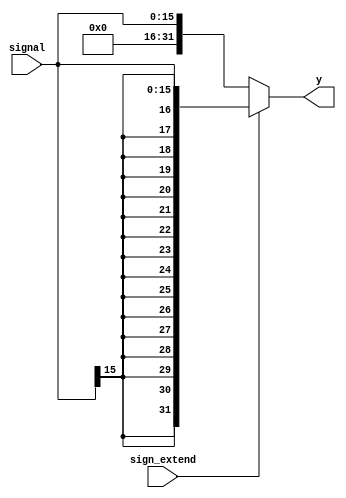
`timescale 1ns / 1ps
//////////////////////////////////////////////////////////////////////////////////
// Company: 
// Engineer: 
// 
// Design Name: 
// Module Name: signext
// Project Name: 
// Target Devices: 
// Tool Versions: 
// Description: 
// 
// Dependencies: 
// 
// Revision:
// Revision 0.01 - File Created
// Additional Comments:
// 
//////////////////////////////////////////////////////////////////////////////////


module signext(
    input [15:0] signal,
    input sign_extend,
    output [31:0] y
    );
    assign y = sign_extend ? {{16{signal[15]}},signal} : {16'b0, signal};
endmodule